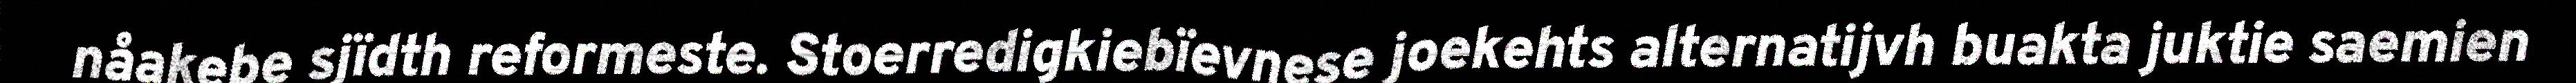
nåakebe sjïdth reformeste. Stoerredigkiebïevnese joekehts alternatijvh buakta juktie saemien